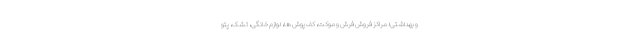
و بهداشتی؛ مراکز فروش فرش و موکت، کف پوش ها، لوازم خانگی، تشک، پتو